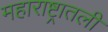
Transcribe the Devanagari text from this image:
महाराष्ट्रातली